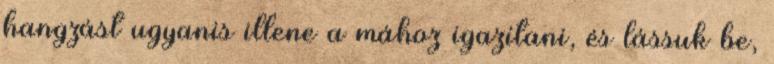
hangzást ugyanis illene a mához igazítani, és lássuk be,